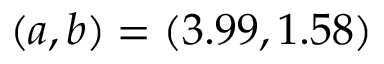
( a , b ) = ( 3 . 9 9 , 1 . 5 8 )